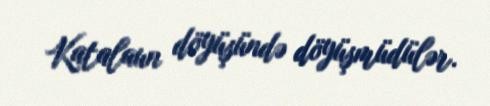
Katalaun döyüşündə döyüşmüdülər.